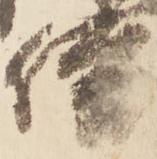
僧